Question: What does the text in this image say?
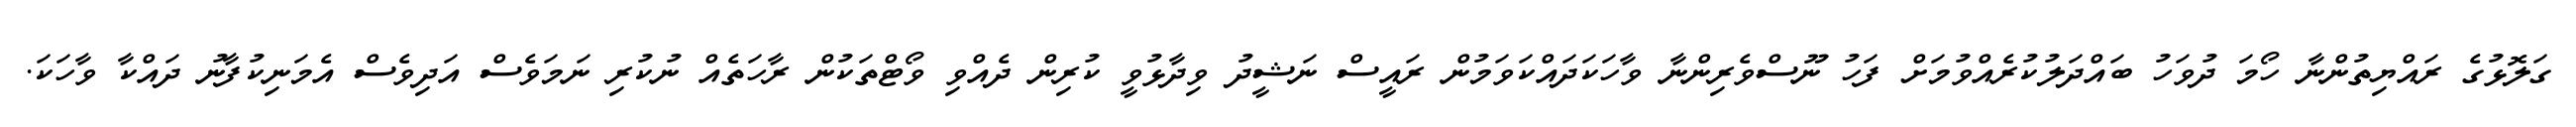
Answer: ގަލޮޅުގެ ރައްޔިތުންނާ ހޯމަ ދުވަހު ބައްދަލުކުރެއްވުމަށް ފަހު ނޫސްވެރިންނާ ވާހަކަދައްކަވަމުން ރައީސް ނަޝީދު ވިދާޅުވީ ކުރިން ދެއްވި ވޯޓްތަކުން ރާހަތެއް ނުކުރި ނަމަވެސް އަދިވެސް އެމަނިކުފާނު ދައްކާ ވާހަކަ.